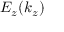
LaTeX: E _ { z } ( k _ { z } )